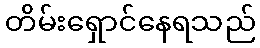
တိမ်းရှောင်နေရသည်